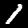
Digit: 1